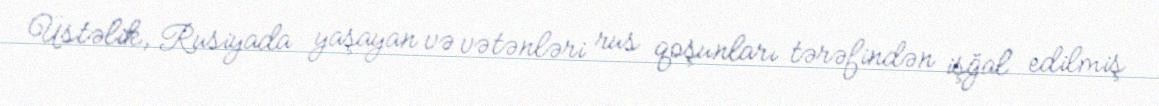
Üstəlik, Rusiyada yaşayan və vətənləri rus qoşunları tərəfindən işğal edilmiş